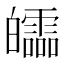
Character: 𤾻